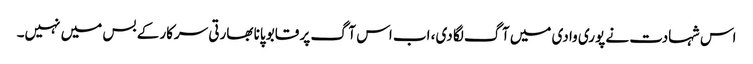
اس شہادت نے پوری وادی میں آگ لگا دی، اب اس آگ پر قابو پانا بھارتی سرکار کے بس میں نہیں۔